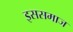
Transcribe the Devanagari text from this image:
इससमाज